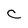
Character: C